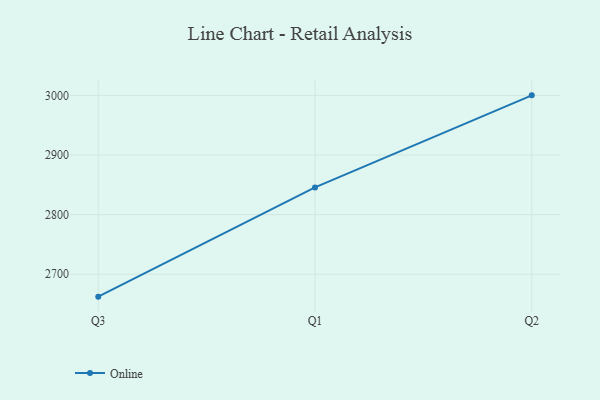
{"axis": {"x": "Quarter", "y": "Demand Index"}, "legend": ["Online"], "data": [{"x": "Q3", "y": 2662.4, "type": "Online"}, {"x": "Q1", "y": 2845.7, "type": "Online"}, {"x": "Q2", "y": 3000.1, "type": "Online"}]}